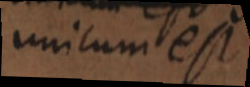
unicum est